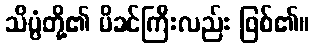
သိပ္ပံတို့၏ မိခင်ကြီးလည်း ဖြစ်၏။